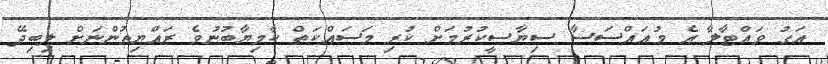
އަގު ވައްޓާލާ އެ މުއައްސަސާ ސިޔާސީކުރުމަށް ކުރި މަސައްކަތް ކާމިޔާބުނުވެ ރައްޔިތުންނަށް ލިބިދޭ